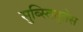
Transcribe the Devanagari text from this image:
सुब्स्तितुतेस